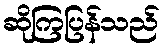
ဆိုကြပြန်သည်